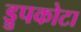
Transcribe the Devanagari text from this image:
ड्रुपकोटा